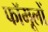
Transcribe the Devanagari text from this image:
फॉमूलों